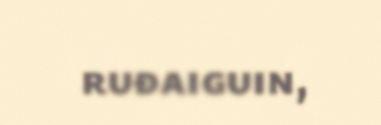
ruđaiguin,